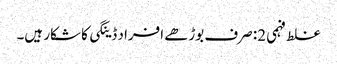
غلط فہمی 2: صرف بوڑھے افراد ڈینگی کا شکار ہیں۔